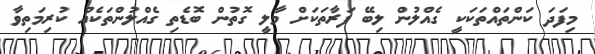
މިފަދަ ކަންތައްތަކަކީ ގެއްލުން ލިބޭ ފަރާތަކަށް މާލީ ގޮތުން ބޮޑެތި ގެއްލުންތަކެއް ކުރިމަތިވާ